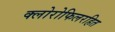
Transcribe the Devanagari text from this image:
क्लोरोफिलरहित